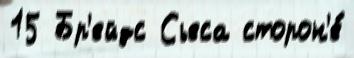
15 Бр'ейдс Сьеса сторон'е́